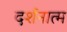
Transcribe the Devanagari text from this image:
दर्शनात्म